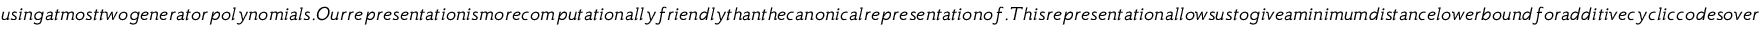
u s i n g a t m o s t t w o g e n e r a t o r p o l y n o m i a l s . O u r r e p r e s e n t a t i o n i s m o r e c o m p u t a t i o n a l l y f r i e n d l y t h a n t h e c a n o n i c a l r e p r e s e n t a t i o n o f . T h i s r e p r e s e n t a t i o n a l l o w s u s t o g i v e a m i n i m u m d i s t a n c e l o w e r b o u n d f o r a d d i t i v e c y c l i c c o d e s o v e r